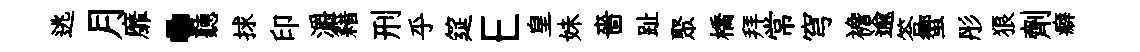
逃月靡·聽捄印灂籍刑乎筵E皇妹嗇趾聚橋拜常穹襜逾答蠁彤狼劑癖